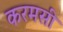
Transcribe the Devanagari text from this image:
करमसी